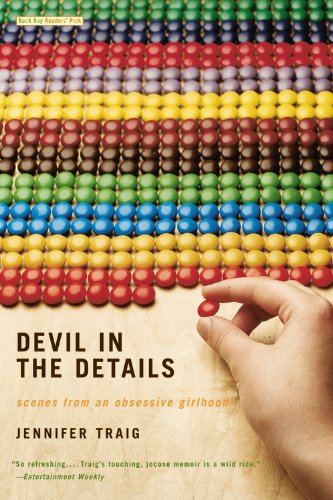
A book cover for Devil in the Details: Scenes from an Obsessive Girlhood; Jennifer Traig; Religion & Spirituality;